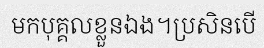
មកបុគ្គលខ្លួនឯង។ប្រសិនបើ